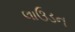
લાઉડન